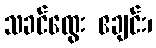
သခင်ထွေး ဧချင်း၊